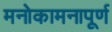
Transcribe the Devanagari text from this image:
मनोकामनापूर्ण